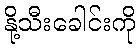
နို့သီးခေါင်းကို